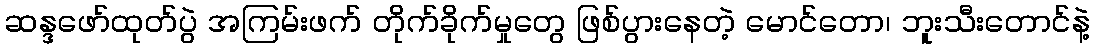
ဆန္ဒဖော်ထုတ်ပွဲ အကြမ်းဖက် တိုက်ခိုက်မှုတွေ ဖြစ်ပွားနေတဲ့ မောင်တော၊ ဘူးသီးတောင်နဲ့